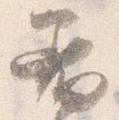
着